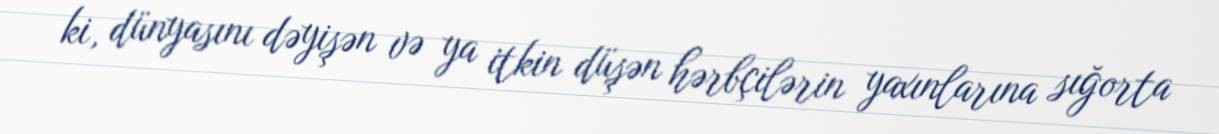
ki, dünyasını dəyişən və ya itkin düşən hərbçilərin yaxınlarına sığorta